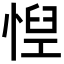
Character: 𢝘